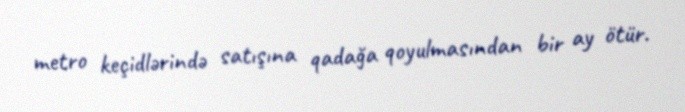
metro keçidlərində satışına qadağa qoyulmasından bir ay ötür.